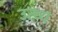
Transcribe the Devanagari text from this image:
उत्थ्य